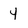
Character: 4